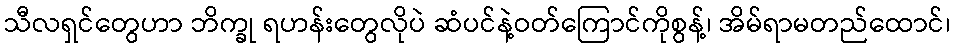
သီလရှင်တွေဟာ ဘိက္ခု ရဟန်းတွေလိုပဲ ဆံပင်နဲ့ဝတ်ကြောင်ကိုစွန့်၊ အိမ်ရာမတည်ထောင်၊